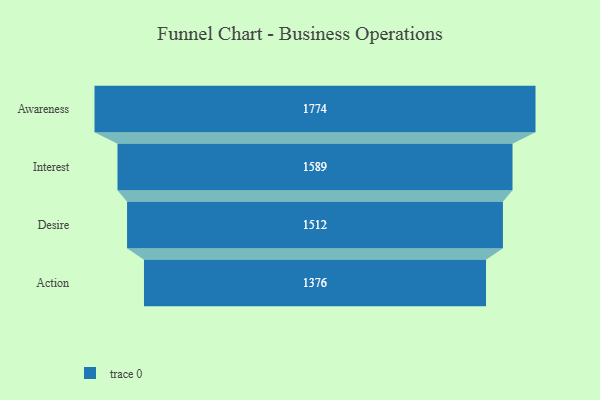
{"axis": {"x": "Stage", "y": "Value"}, "legend": [""], "data": [{"x": "Awareness", "y": 1774.0, "type": ""}, {"x": "Interest", "y": 1589.0, "type": ""}, {"x": "Desire", "y": 1512.0, "type": ""}, {"x": "Action", "y": 1376.0, "type": ""}]}